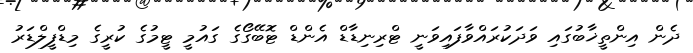
ދެން އިންތީޚާބުގައި ވަދަކުރައްވާފައިވަނީ ޓްރިނިޑާޑް އެންޑް ޓޮބޭގޯގެ ގައުމީ ޓީމުގެ ކުރީގެ މިޑްފީލްޑަރު